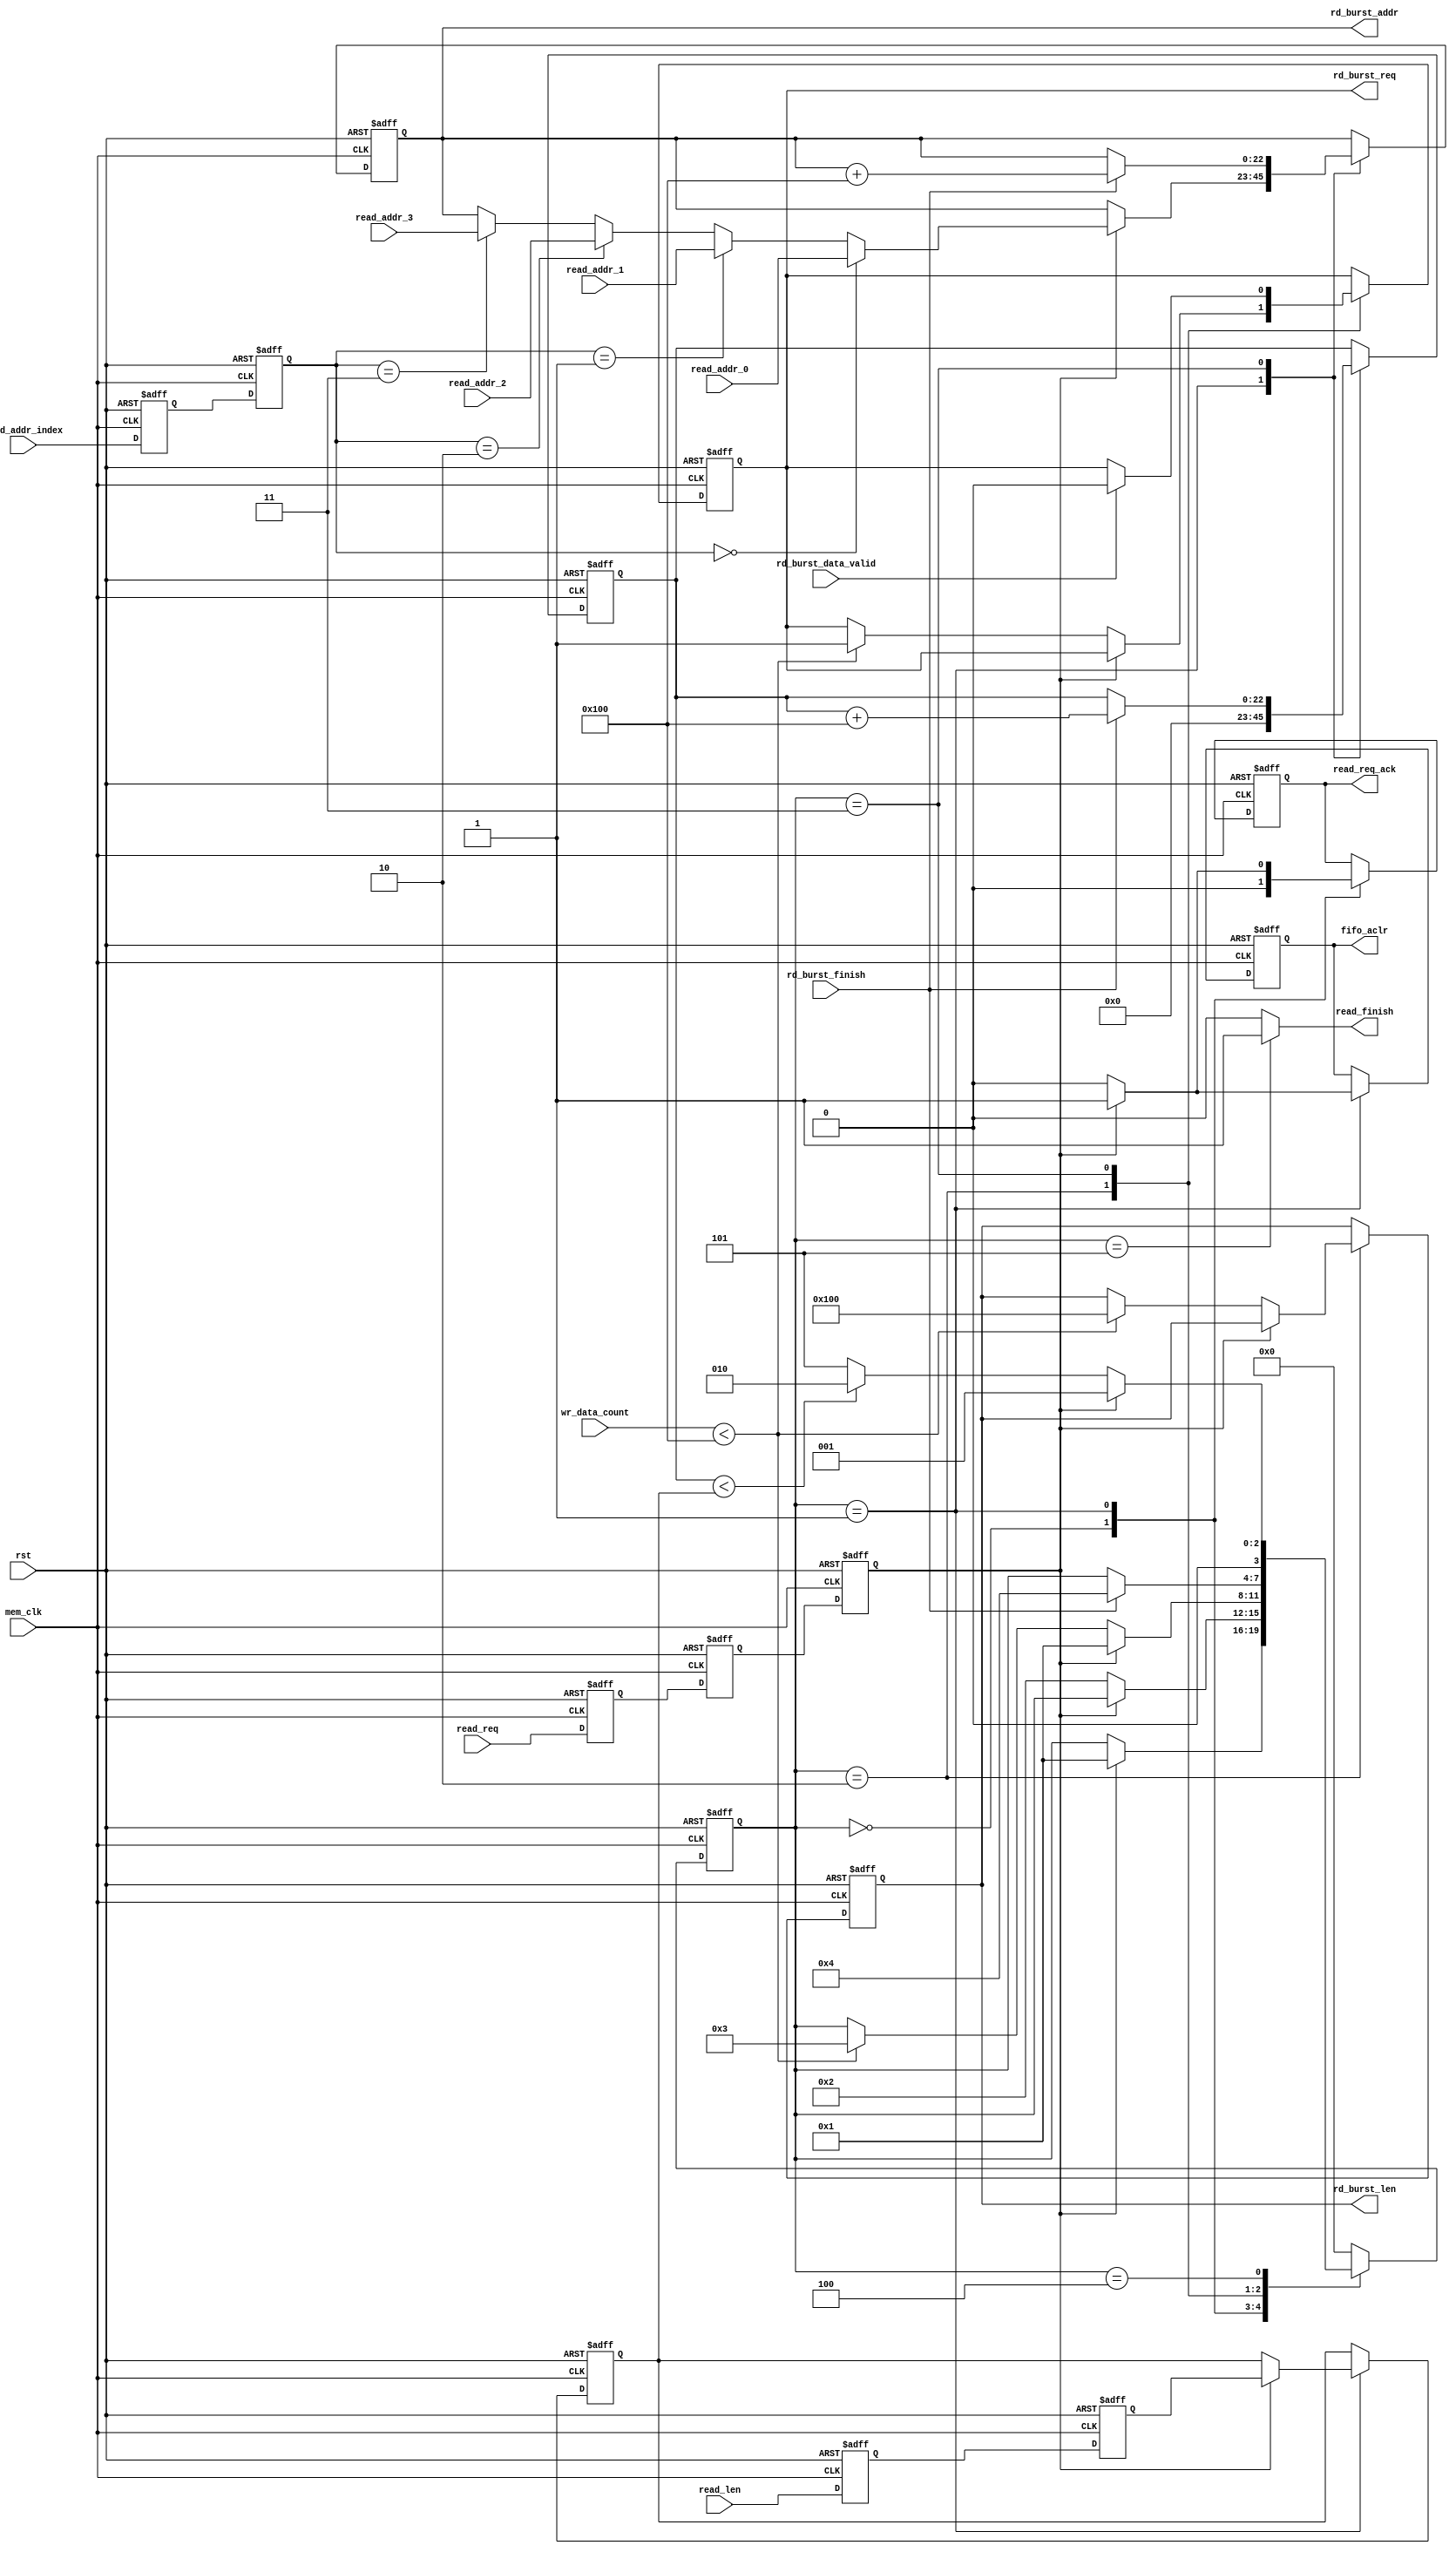
//////////////////////////////////////////////////////////////////////////////////
//  Cross clock domain data reading frame with FIFO interface                   //
//                                                                              //
//          msq@qq.com                                                          //
//          ALINX(shanghai) Technology Co.,Ltd                                  //
//          heijin                                                              //
//     WEB: http://www.alinx.cn/                                                //
//     BBS: http://www.heijin.org/                                              //
//                                                                              //
//////////////////////////////////////////////////////////////////////////////////
//                                                                              //
// Copyright (c) 2017,ALINX(shanghai) Technology Co.,Ltd                        //
//                    All rights reserved                                       //
//                                                                              //
// This source file may be used and distributed without restriction provided    //
// that this copyright statement is not removed from the file and that any      //
// derivative work contains the original copyright notice and the associated    //
// disclaimer.                                                                  //
//                                                                              //
//////////////////////////////////////////////////////////////////////////////////

//================================================================================
//  Revision History:
//  Date          By            Revision    Change Description
//--------------------------------------------------------------------------------
//  2017/7/19     meisq          1.0         Original
//*******************************************************************************/

`timescale 1ns/1ps
module frame_fifo_read
#
(
	parameter MEM_DATA_BITS          = 32,
	parameter ADDR_BITS              = 23,
	parameter BUSRT_BITS             = 10,
	parameter FIFO_DEPTH             = 512,
	parameter BURST_SIZE             = 256
)               
(
	input                            rst,                  
	input                            mem_clk,                    // external memory controller user interface clock
	output reg                       rd_burst_req,               // to external memory controller,send out a burst read request  
	output reg[BUSRT_BITS - 1:0]     rd_burst_len,               // to external memory controller,data length of the burst read request, not bytes 
	output reg[ADDR_BITS - 1:0]      rd_burst_addr,              // to external memory controller,base address of the burst read request
	input                            rd_burst_data_valid,        // from external memory controller,read request data valid    
	input                            rd_burst_finish,            // from external memory controller,burst read finish
	input                            read_req,                   // data read module read request,keep '1' until read_req_ack = '1'
	output reg                       read_req_ack,               // data read module read request response
	output                           read_finish,                // data read module read request finish
	input[ADDR_BITS - 1:0]           read_addr_0,                // data read module read request base address 0, used when read_addr_index = 0
	input[ADDR_BITS - 1:0]           read_addr_1,                // data read module read request base address 1, used when read_addr_index = 1
	input[ADDR_BITS - 1:0]           read_addr_2,                // data read module read request base address 1, used when read_addr_index = 2
	input[ADDR_BITS - 1:0]           read_addr_3,                // data read module read request base address 1, used when read_addr_index = 3
	input[1:0]                       read_addr_index,            // select valid base address from read_addr_0 read_addr_1 read_addr_2 read_addr_3
	input[ADDR_BITS - 1:0]           read_len,                   // data read module read request data length
	output reg                       fifo_aclr,                  // to fifo asynchronous clear
	input[15:0]                      wr_data_count                     // from fifo write used words
);
localparam ONE                       = 256'd1;                   //256 bit '1'   you can use ONE[n-1:0] for n bit '1'
localparam ZERO                      = 256'd0;                   //256 bit '0'
//read state machine code
localparam S_IDLE                    = 0;                        //idle state,waiting for frame read
localparam S_ACK                     = 1;                        //read request response
localparam S_CHECK_FIFO              = 2;                        //check the FIFO status, ensure that there is enough space to burst read
localparam S_READ_BURST              = 3;                        //begin a burst read
localparam S_READ_BURST_END          = 4;                        //a burst read complete
localparam S_END                     = 5;                        //a frame of data is read to complete

reg                                  read_req_d0;                //asynchronous read request, synchronize to 'mem_clk' clock domain,first beat
reg                                  read_req_d1;                //second
reg                                  read_req_d2;                //third,Why do you need 3 ? Here's the design habit
reg[ADDR_BITS - 1:0]                 read_len_d0;                //asynchronous read_len(read data length), synchronize to 'mem_clk' clock domain first
reg[ADDR_BITS - 1:0]                 read_len_d1;                //second
reg[ADDR_BITS - 1:0]                 read_len_latch;             //lock read data length
reg[ADDR_BITS - 1:0]                 read_cnt;                   //read data counter
reg[3:0]                             state;                      //state machine
reg[1:0]                             read_addr_index_d0;         //synchronize to 'mem_clk' clock domain first
reg[1:0]                             read_addr_index_d1;         //synchronize to 'mem_clk' clock domain second

assign read_finish = (state == S_END) ? 1'b1 : 1'b0;             //read finish at state 'S_END'
always@(posedge mem_clk or posedge rst)
begin
	if(rst == 1'b1)
	begin
		read_req_d0    <=  1'b0;
		read_req_d1    <=  1'b0;
		read_req_d2    <=  1'b0;
		read_len_d0    <=  ZERO[ADDR_BITS - 1:0];               //equivalent to read_len_d0 <= 0;
		read_len_d1    <=  ZERO[ADDR_BITS - 1:0];               //equivalent to read_len_d1 <= 0;
		read_addr_index_d0 <= 2'b00;
		read_addr_index_d1 <= 2'b00;
	end
	else
	begin
		read_req_d0    <=  read_req;
		read_req_d1    <=  read_req_d0;
		read_req_d2    <=  read_req_d1;     
		read_len_d0    <=  read_len;
		read_len_d1    <=  read_len_d0; 
		read_addr_index_d0 <= read_addr_index;
		read_addr_index_d1 <= read_addr_index_d0;
	end 
end


always@(posedge mem_clk or posedge rst)
begin
	if(rst == 1'b1)
	begin
		state <= S_IDLE;
		read_len_latch <= ZERO[ADDR_BITS - 1:0];
		rd_burst_addr <= ZERO[ADDR_BITS - 1:0];
		rd_burst_req <= 1'b0;
		read_cnt <= ZERO[ADDR_BITS - 1:0];
		fifo_aclr <= 1'b0;
		rd_burst_len <= ZERO[BUSRT_BITS - 1:0];
		read_req_ack <= 1'b0;
	end
	else
		case(state)
			//idle state,waiting for read, read_req_d2 == '1' goto the 'S_ACK'
			S_IDLE:
			begin
				if(read_req_d2 == 1'b1)
				begin
					state <= S_ACK;
				end
				read_req_ack <= 1'b0;
			end
			//'S_ACK' state completes the read request response, the FIFO reset, the address latch, and the data length latch
			S_ACK:
			begin
				if(read_req_d2 == 1'b0)
				begin
					state <= S_CHECK_FIFO;
					fifo_aclr <= 1'b0;
					read_req_ack <= 1'b0;
				end
				else
				begin
					//read request response
					read_req_ack <= 1'b1;
					//FIFO reset
					fifo_aclr <= 1'b1;
					//select valid base address from read_addr_0 read_addr_1 read_addr_2 read_addr_3
					if(read_addr_index_d1 == 2'd0)
						rd_burst_addr <= read_addr_0;
					else if(read_addr_index_d1 == 2'd1)
						rd_burst_addr <= read_addr_1;
					else if(read_addr_index_d1 == 2'd2)
						rd_burst_addr <= read_addr_2;
					else if(read_addr_index_d1 == 2'd3)
						rd_burst_addr <= read_addr_3;
					//latch data length
					read_len_latch <= read_len_d1;
				end
				//read data counter reset, read_cnt <= 0;
				read_cnt <= ZERO[ADDR_BITS - 1:0];
			end
			S_CHECK_FIFO:
			begin
				//if there is a read request at this time, enter the 'S_ACK' state
				if(read_req_d2 == 1'b1)
				begin
					state <= S_ACK;
				end
				//if the FIFO space is a burst read request, goto burst read state
				else if(wr_data_count < (FIFO_DEPTH - BURST_SIZE))
				begin
					state <= S_READ_BURST;
					rd_burst_len <= BURST_SIZE[BUSRT_BITS - 1:0];
					rd_burst_req <= 1'b1;
				end
			end
			
			S_READ_BURST:
			begin
				if(rd_burst_data_valid)
					rd_burst_req <= 1'b0;
				//burst finish  
				if(rd_burst_finish == 1'b1)
				begin
					state <= S_READ_BURST_END;
					//read counter + burst length
					read_cnt <= read_cnt + BURST_SIZE[ADDR_BITS - 1:0];
					//the next burst read address is generated
					rd_burst_addr <= rd_burst_addr + BURST_SIZE[ADDR_BITS - 1:0];
				end     
			end
			S_READ_BURST_END:
			begin
				//if there is a read request at this time, enter the 'S_ACK' state
				if(read_req_d2 == 1'b1)
				begin
					state <= S_ACK;
				end
				//if the read counter value is less than the frame length, continue read,
				//otherwise the read is complete
				else if(read_cnt < read_len_latch)
				begin
					state <= S_CHECK_FIFO;
				end
				else
				begin
					state <= S_END;
				end
			end
			S_END:
			begin
				state <= S_IDLE;
			end
			default:
				state <= S_IDLE;
		endcase
end
endmodule